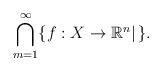
LaTeX: \begin{align*} \bigcap_{m=1}^\infty \{f:X\to \mathbb{R}^n|\, \}. \end{align*}